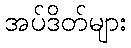
အပ်ဒိတ်များ